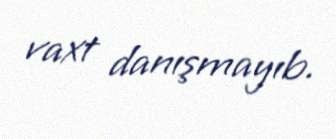
vaxt danışmayıb.